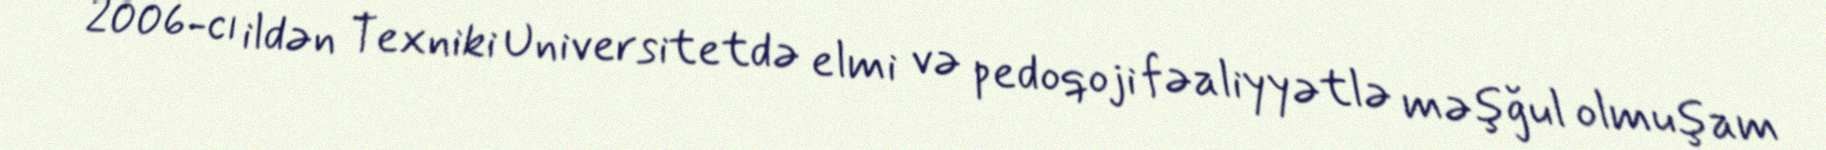
2006-cı ildən Texniki Universitetdə elmi və pedoqoji fəaliyyətlə məşğul olmuşam